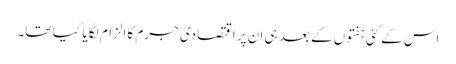
اس کے کئی ہفتوں کے بعد ہی ان پر اقتصادی جرم کا الزام لگایا گیا تھا۔